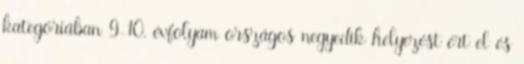
kategóriában 9-10. évfolyam országos negyedik helyezést ért el és